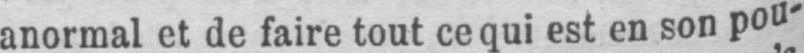
anormal et de faire tout ce qui est en son pou-